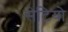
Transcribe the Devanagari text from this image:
सेटियो